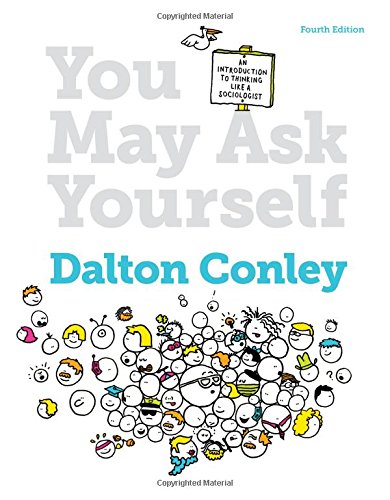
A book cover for You May Ask Yourself: An Introduction to Thinking Like a Sociologist (Fourth Edition); Dalton Conley; Politics & Social Sciences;